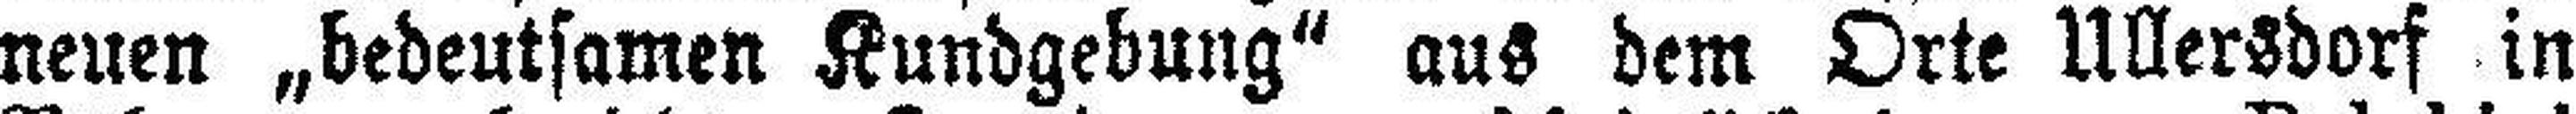
neuen „bedeutsamen Kundgebung“ aus dem Orte Ullersdorf in